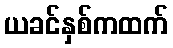
ယခင်နှစ်ကထက်